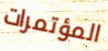
المؤتمرات